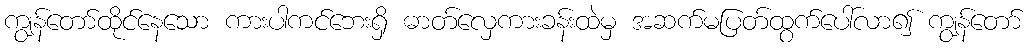
ကျွန်တော်ထိုင်နေသော ကားပါကင်ဘေးရှိ ဓာတ်လှေကားခန်းထဲမှ အဆက်မပြတ်ထွက်ပေါ်လာ၍ ကျွန်တော်